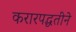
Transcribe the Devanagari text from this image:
करारपद्धतीने